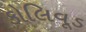
કોલિવૂડ